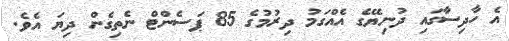
އެ ހާދިސާގައި ދުނިޔޭގެ އެއްގަމު ދިރުމުގެ 85 ޕަސެންޓް ނެތިގެން ދިޔަ އެވެ.